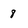
Character: 8